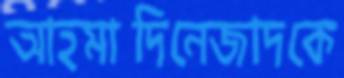
আহমাদিনেজাদকে